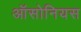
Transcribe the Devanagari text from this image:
ऑसोनियस